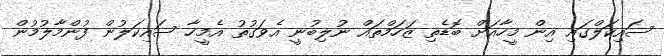
ސައިކަލްގައި އިން މީހާއަށް ބޮޑެތި ޒަހަމްތައް ނުލިބުނީ އެވަގުތު އެމީހާ ސައިކަލުން ފުންމާލުމުން